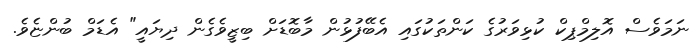
ނަމަވެސް އޮލިމްޕިކް ކުޅިވަރުގެ ކަންތަކުގައި އެބޭފުޅުން މާބޮޑަށް ބިޒީވެގެން ދިޔައީ" އެޑަމް ބުންޏެވެ.